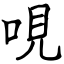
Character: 哯